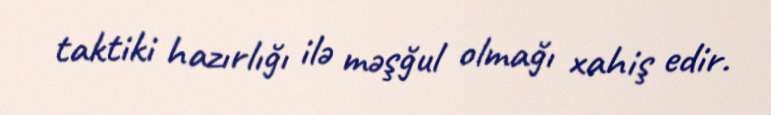
taktiki hazırlığı ilə məşğul olmağı xahiş edir.